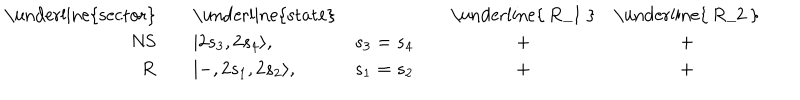
\begin{array} { r c l c c c c } { { \mathrm { \underline { { { s e c t o r } } } } } } & { { { } } } & { { \mathrm { \underline { { { s t a t e } } } } } } & { { { } } } & { { { } } } & { { \mathrm { \underline { { { ~ R _ { 1 } ~ } } } } } } & { { \mathrm { \underline { { { ~ R _ { 2 } ~ } } } } } } \\ { { \mathrm { N S } } } & { { { } } } & { { | 2 s _ { 3 } , 2 s _ { 4 } \rangle , } } & { { s _ { 3 } = s _ { 4 } } } & { { { } } } & { { + } } & { { + } } \\ { { \mathrm { R } } } & { { { } } } & { { | - , 2 s _ { 1 } , 2 s _ { 2 } \rangle , } } & { { s _ { 1 } = s _ { 2 } } } & { { { } } } & { { + } } & { { + } } \\ \end{array}